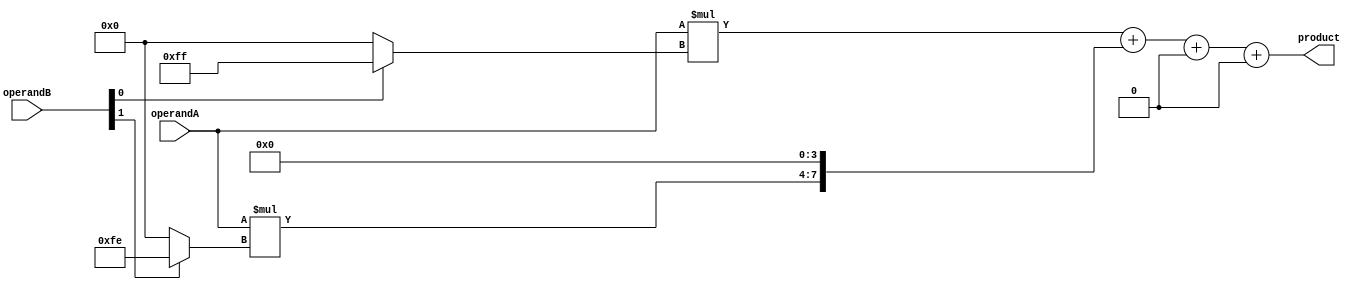
module BoothMultiplier (
  input [3:0] operandA, 
  input [3:0] operandB, 
  output reg [7:0] product
);

reg [7:0] partialProducts [3:0];

// Booth encoding for partial products calculation
always @* begin
  partialProducts[0] = operandA * ((operandB[0] == 1) ? -4'b1 : 4'b0);
  partialProducts[1] = operandA * ((operandB[1] == 1) ? -4'b10 : 4'b0);
  partialProducts[2] = operandA * ((operandB[2] == 1) ? -4'b100 : 4'b0);
  partialProducts[3] = operandA * ((operandB[3] == 1) ? -4'b1000 : 4'b0);
end

// Combining partial products to get final product
always @* begin
  product = partialProducts[0] + (partialProducts[1] << 4) + (partialProducts[2] << 8) + (partialProducts[3] << 12);
end

endmodule